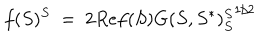
LaTeX: f ( S ) ^ { S } \ = \ 2 R e f ( S ) { G ( S , S ^ { * } ) _ { S } ^ { S } } ^ { 1 / 2 }